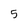
Character: 5